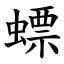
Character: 螵